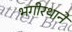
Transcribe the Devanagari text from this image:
भगीरथाने